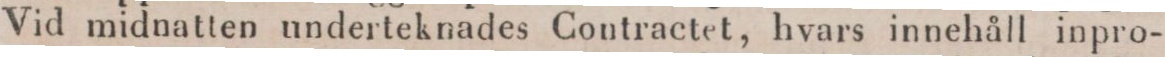
Vid midnatten underteknades Contractet, hvars innehåll inpro-